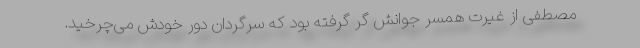
مصطفی از غیرت همسر جوانش گُر گرفته بود که سرگردان دور خودش می‌چرخید.